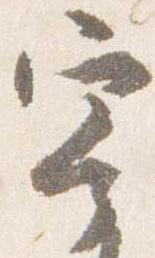
寄